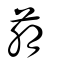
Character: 萠